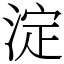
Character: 淀